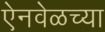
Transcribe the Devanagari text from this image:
ऐनवेळच्या